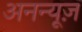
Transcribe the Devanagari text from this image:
अनन्यूज़